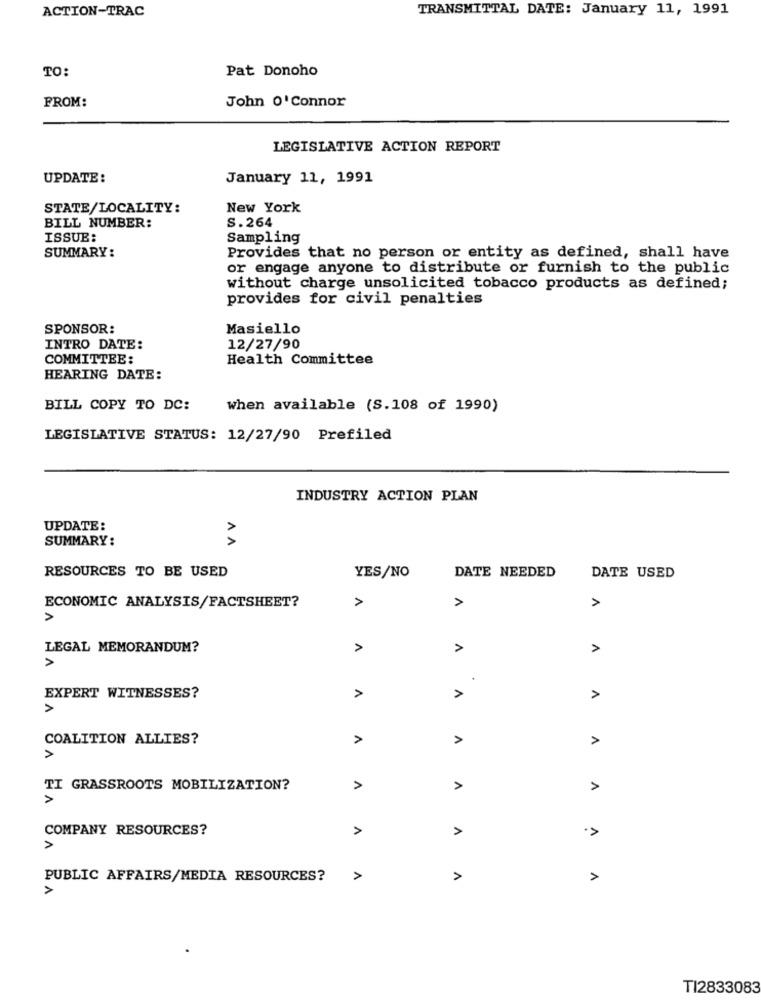
ACTION-TRAC
TRANSMITTAL DATE: January 11, 1991
TO:
Pat Donoho
FROM:
John O'Connor
LEGISLATIVE ACTION REPORT
UPDATE:
January 11, 1991
STATE/LOCALITY:
New York
S.264
BILL NUMBER:
ISSUE:
Sampling
SUMMARY:
Provides that no person or entity as defined, shall have
or engage anyone to distribute or furnish to the public
without charge unsolicited tobacco products as defined;
provides for civil penalties
SPONSOR:
Masiello
INTRO DATE:
12/27/90
COMMITTEE:
Health Committee
HEARING DATE:
BILL COPY TO DC:
when available (S.108 of 1990)
LEGISLATIVE STATUS: 12/27/90 Prefiled
INDUSTRY ACTION PLAN
UPDATE:
SUMMARY:
AA
RESOURCES TO BE USED
DATE NEEDED
YES/NO
DATE USED
A
>
>
ECONOMIC ANALYSIS/FACTSHEET?
LEGAL MEMORANDUM?
>
A
.
EXPERT WITNESSES?
>
>
A
COALITION ALLIES?
A
>
A
>
TI GRASSROOTS MOBILIZATION?
>
A
1
COMPANY RESOURCES?
1
A
1
PUBLIC AFFAIRS/MEDIA RESOURCES?
>
>
A
TI2833083